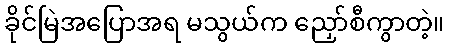
ခိုင်မြဲအပြောအရ မသွယ်က ညှော်စီကွာတဲ့။